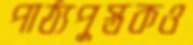
পাঠ্যপুস্তকও